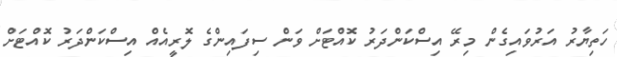
ހަތިޔާރު އަރުވައިގެން މިރޭ އިސްކަންދަރު ކޮއްޓަށް ވަން ސިފައިންގެ ލޮރީއެއް އިސްކަންދަރު ކޮއްޓަށް